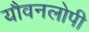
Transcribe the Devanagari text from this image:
यौवनलोपी